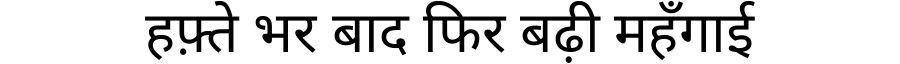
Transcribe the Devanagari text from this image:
हफ़्ते भर बाद फिर बढ़ी महँगाई